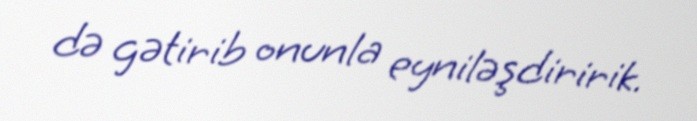
də gətirib onunla eyniləşdiririk.